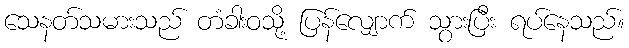
သေနတ်သမားသည် တံခါးဝသို့ ပြန်လျှောက် သွားပြီး ရပ်နေသည်။